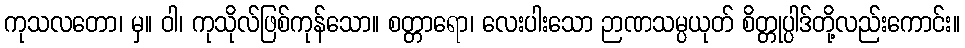
ကုသလတော၊ မှ။ ဝါ၊ ကုသိုလ်ဖြစ်ကုန်သော။ စတ္တာရော၊ လေးပါးသော ဉာဏသမ္ပယုတ် စိတ္တုပ္ပါဒ်တို့လည်းကောင်း။